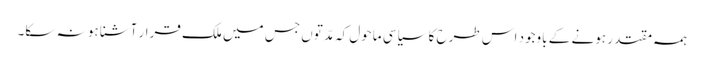
ہمہ مقتدر ہونے کے باوجود اس طرح کا سیاسی ماحول کہ مدّتوں جس میں ملک قرار آشنا ہو نہ سکا۔